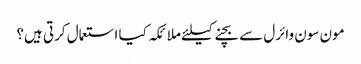
مون سون وائرل سے بچنےکیلئے ملائکہ کیا استعمال کرتی ہیں؟